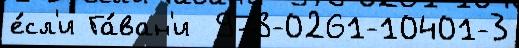
е́сл'и Га́ван'и  978-0261-10401-3